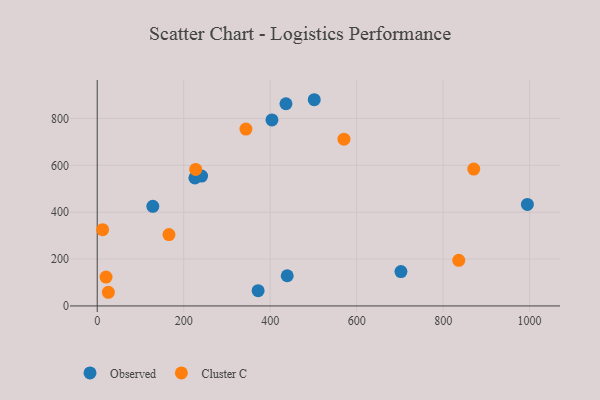
{"axis": {"x": "Ad Spend", "y": "Profit"}, "legend": ["Cluster C", "Observed"], "data": [{"x": "225.9", "y": 546.4, "type": "Observed"}, {"x": "436.5", "y": 862.8, "type": "Observed"}, {"x": "501.9", "y": 879.9, "type": "Observed"}, {"x": "372.1", "y": 65.3, "type": "Observed"}, {"x": "128.6", "y": 425.2, "type": "Observed"}, {"x": "994.8", "y": 433.3, "type": "Observed"}, {"x": "702.4", "y": 146.7, "type": "Observed"}, {"x": "404.1", "y": 793.8, "type": "Observed"}, {"x": "439.4", "y": 128.9, "type": "Observed"}, {"x": "241.4", "y": 554.2, "type": "Observed"}, {"x": "343.9", "y": 754.8, "type": "Cluster C"}, {"x": "25.8", "y": 58.3, "type": "Cluster C"}, {"x": "165.9", "y": 304.6, "type": "Cluster C"}, {"x": "227.7", "y": 582.4, "type": "Cluster C"}, {"x": "570.6", "y": 711.7, "type": "Cluster C"}, {"x": "870.8", "y": 584.1, "type": "Cluster C"}, {"x": "20.4", "y": 123.0, "type": "Cluster C"}, {"x": "836.1", "y": 194.8, "type": "Cluster C"}, {"x": "12.5", "y": 325.4, "type": "Cluster C"}]}